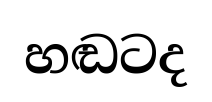
හඬටද